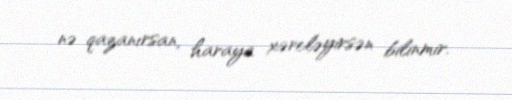
nə qazanırsan, haraya xərcləyirsən bilinmir.